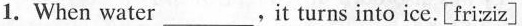
1.When water ___.It turns into ice.[fri:ziz]